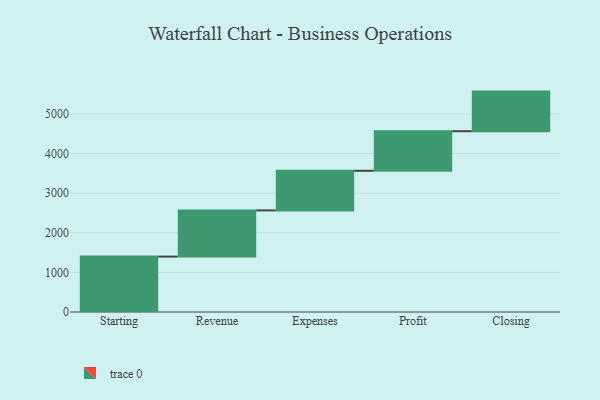
{"axis": {"x": "Step", "y": "Value"}, "legend": [""], "data": [{"x": "Starting", "y": 1399.0, "type": ""}, {"x": "Revenue", "y": 1167.0, "type": ""}, {"x": "Expenses", "y": 1000, "type": ""}, {"x": "Profit", "y": 1000, "type": ""}, {"x": "Closing", "y": 1000, "type": ""}]}